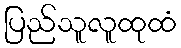
ပြည်သူလူထုထံ